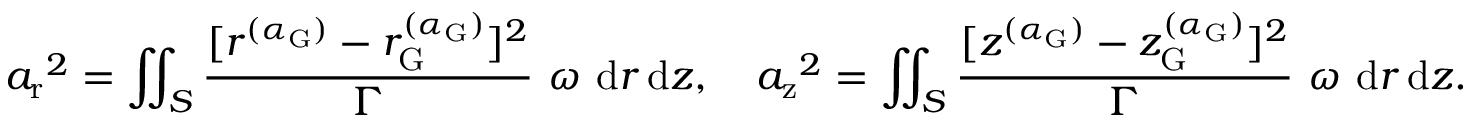
{ a _ { \mathrm { r } } } ^ { 2 } = \iint _ { S } \frac { [ r ^ { ( \alpha _ { \mathrm { G } } ) } - r _ { \mathrm { G } } ^ { ( \alpha _ { \mathrm { G } } ) } ] ^ { 2 } } { \Gamma } ~ \omega ~ \mathrm { d } r \, \mathrm { d } z , \ \ \ { a _ { \mathrm { z } } } ^ { 2 } = \iint _ { S } \frac { [ z ^ { ( \alpha _ { \mathrm { G } } ) } - z _ { \mathrm { G } } ^ { ( \alpha _ { \mathrm { G } } ) } ] ^ { 2 } } { \Gamma } ~ \omega ~ \mathrm { d } r \, \mathrm { d } z .